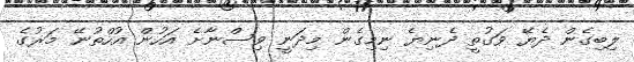
ލިބިގެން ދެޔޭ ވަގުތީ ދެނިޔެ ނިމިގެން މިދަނީ ވިސްނާށެ އަހުން އުހްތުނޭ މަރުގެ